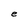
Character: e